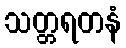
သတ္တရတနံ